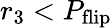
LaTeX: r_{3}<P_{\mathrm{flip}}